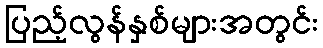
ပြည့်လွန်နှစ်များအတွင်း